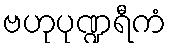
ဗဟုပုဏ္ဍရီကံ